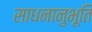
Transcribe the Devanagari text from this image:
साधनानुभूति